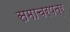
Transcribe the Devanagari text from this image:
समाचरपत्र